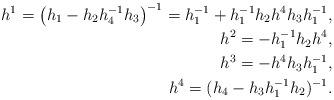
LaTeX: \begin{align*}h^1 = \big(h_1-h_2h^{-1}_4h_3\big)^{-1} = h_1^{-1}+ h_1^{-1}h_2h^4h_3 h_1^{-1},\\h^2 = -h^{-1}_1h_2h^4,\\h^3 = - h^4 h_3h_1^{-1},\\h^4 = (h_4-h_3h^{-1}_1h_2)^{-1}.\end{align*}